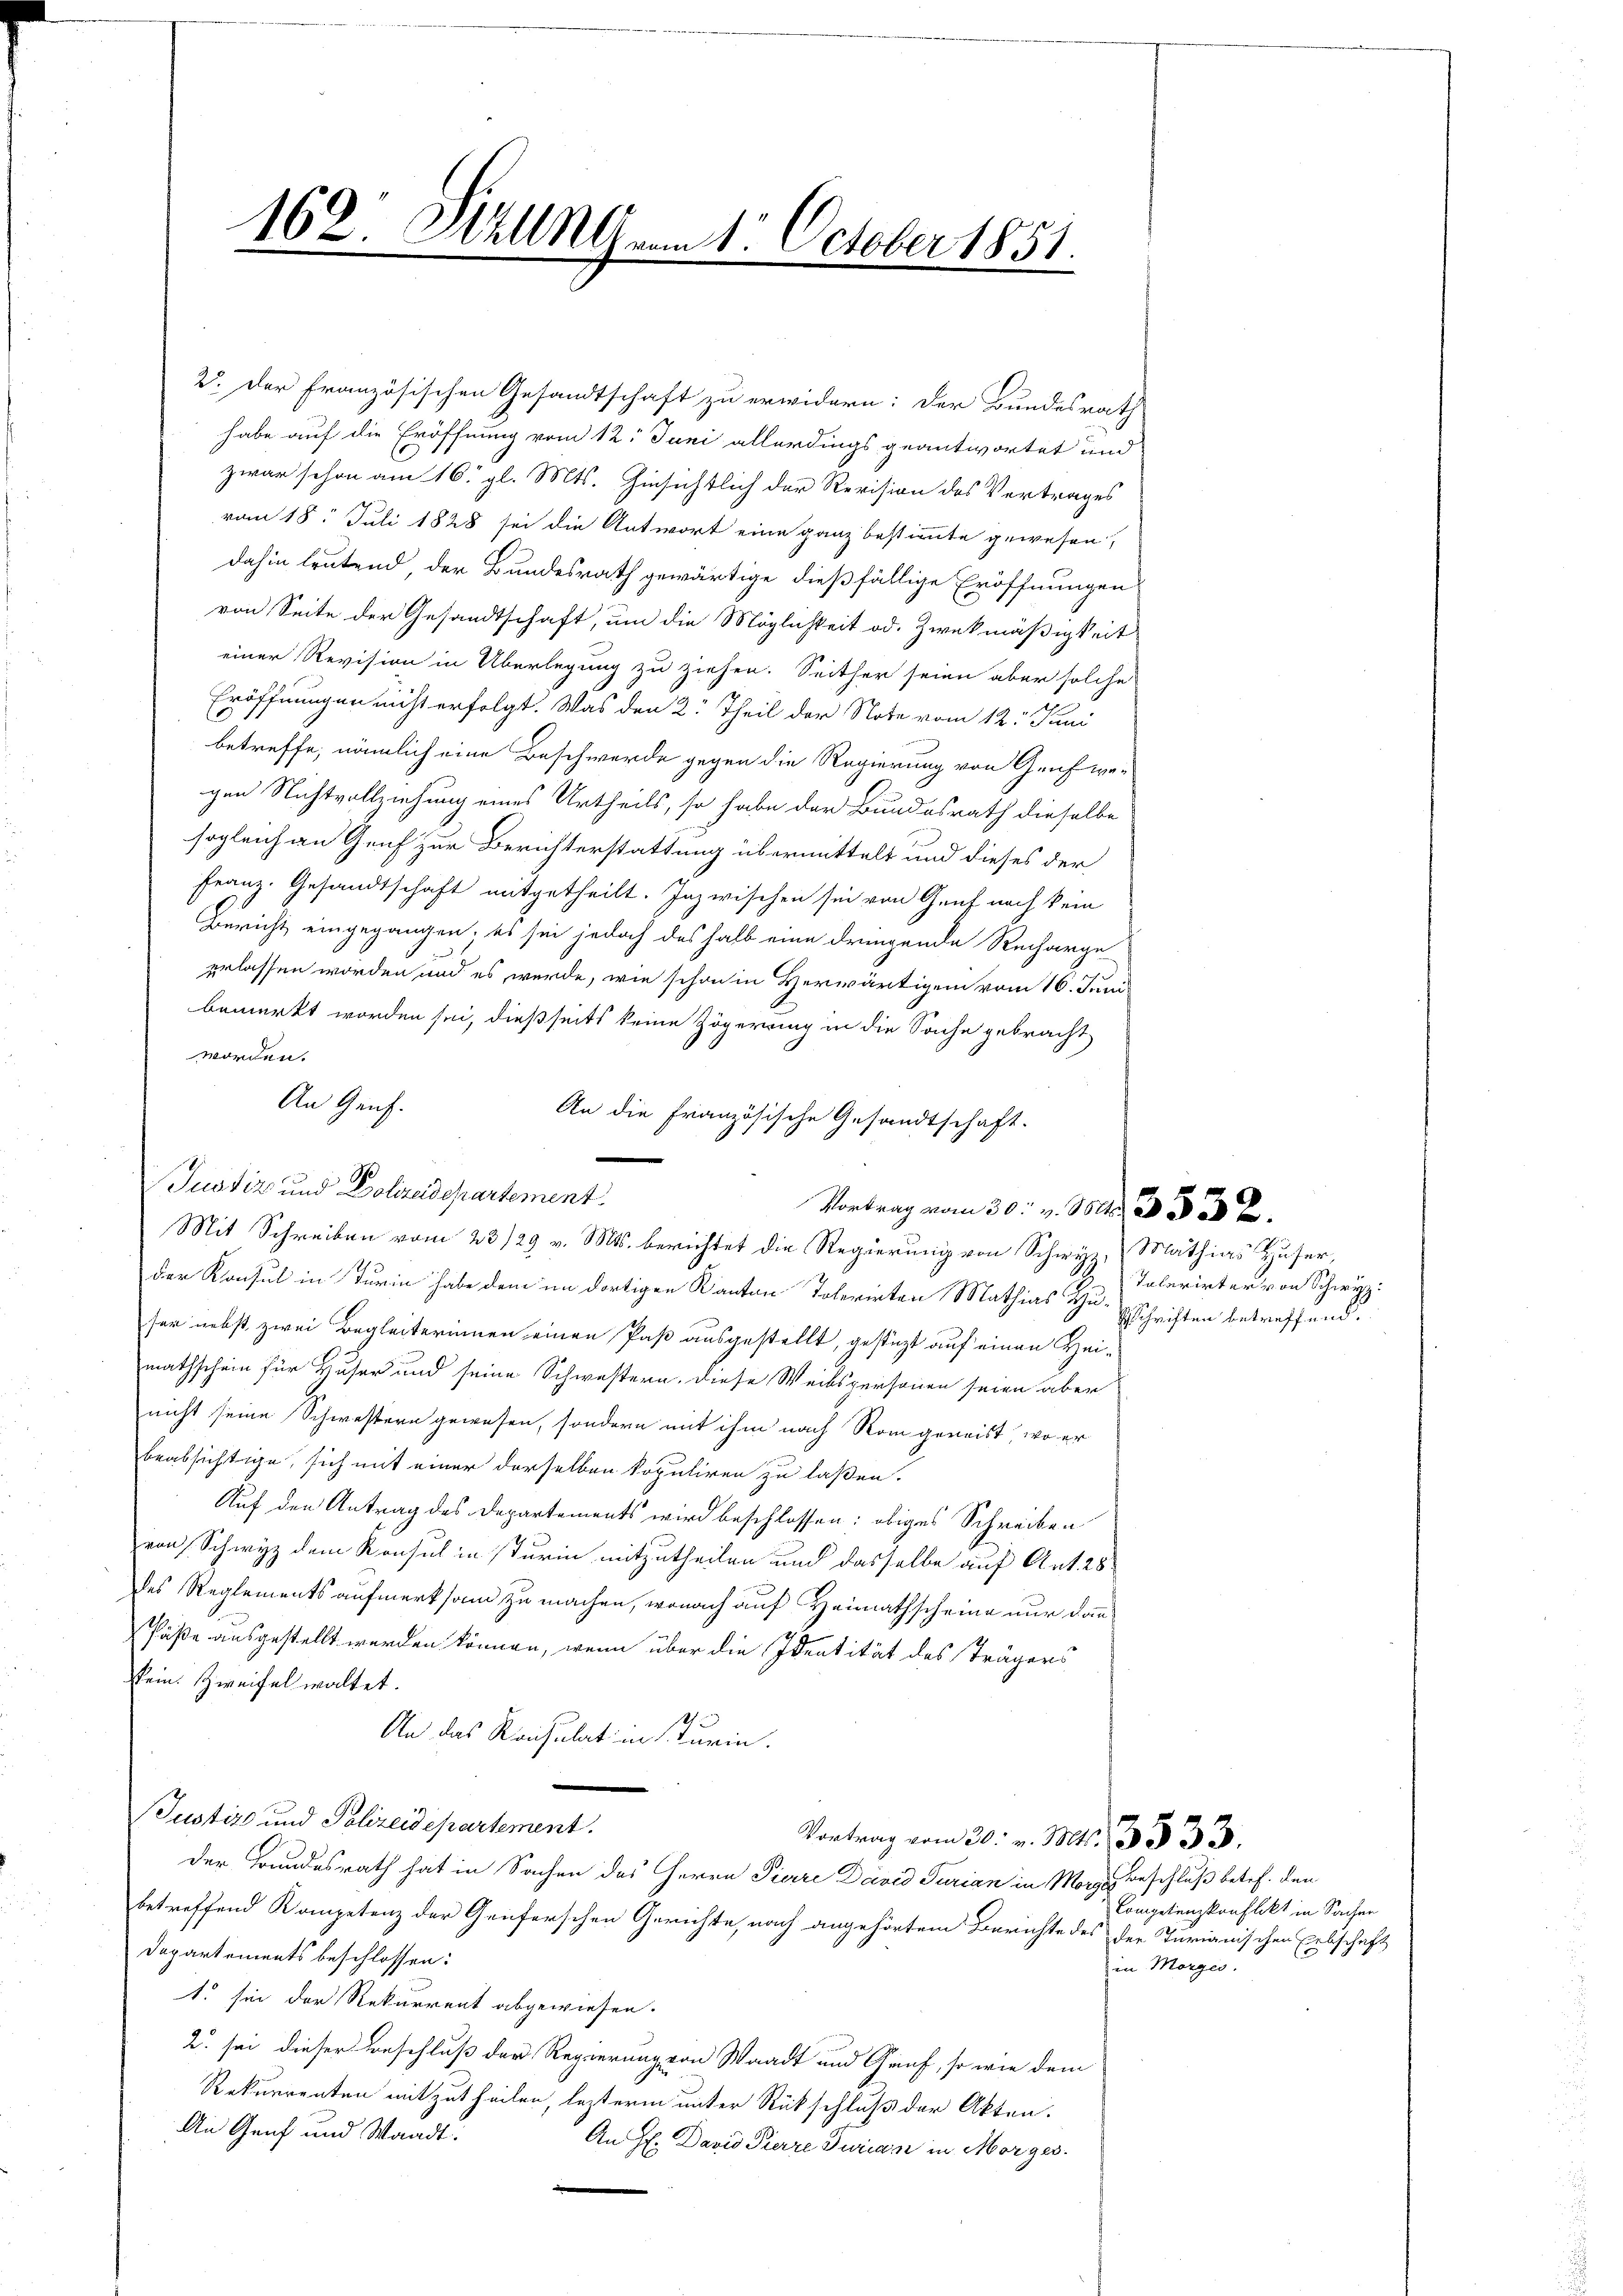
162. Hall vom 1. October 1851.
d

2. Der Französischen Gesandtschaft zu erwidern: der Bundesrath
habe auf die Eröffnung vom 12. Juni allerdings geantwortet und
zwar schon am 16. gl. Mts. Hinsichtlich der Revision des Vertrages
vom 18. Juli 1828 sei die Antwort eine ganz bestimmte gewesen,
dahin leutend, der Bundesrath gewärtige dießfällige Eröffnungen
von Seite der Gesandtschaft, um die Möglichkeit od. Zweckmäßigkeit
einer Revision in Überlegung zu ziehen. Seither seien aber solche
Eröffnungen nicht erfolgt. Was den 2 Theil der Note vom 12. Juni
betreffe, nämlich eine Beschwerde gegen die Regierung von Graf wegen Nichtvollziehung eines Urtheils, so habe der Bundesrath dieselbe
sogleich an Genf zur Berichterstattung übermittelt und dieses der
Franz. Gesandtschaft mitgetheilt. Inzwischen sei von Genf nach kein
Bericht eingegangen, es sei jedoch deshalb eine dringende Recharge
erlassen worden und es werde, wie schon in Herwärtigen vom 16. Juni
bemerkt worden sei, dießseits keine Zögerung in die Sache gebracht
worden.
An die Französische Gesandtschaft.
der Konsul in Turin habe dem im dortigen Kanton Tolerinten Mathias Huser nebst zwei Begleiterinnen einen Paß ausgestellt, gestützt auf einen Heimathschein für Huser und seine Schwestern, diese Weibspersonen seien aber
nicht seine Schwestern gewesen, sondern mit ihm nach Rom geweist, wo er
beabsichtige, sich mit einer derselben kopuliren zu laßen.
Auf den Antrag des Departements wird beschlossen: obiges Schreiben
von Schwyz dem Konsul in sturin mitzutheilen und dasselbe auf Ant. 28
des Reglementsaufmerksam zu machen, wonach auf Heimathscheine nur dann
Päße ausgestellt werden können, wenn über die Identität des Trägers
sein. Zweifel waltet.
1
An das Reichulat in darin.
(Justiz und Polizeidepartement.
Vortrag vom 20. v. Mts. 3333.
der Grundesrath hat in Sachen des Herrn Pierre David Turian in Morge Beschluß betref. den
betreffend Kompetenz der Genferschen Gerichte, nach angehörtem Berichte des der Turianischen Erbschaft
Departements beschlossen:
1. sie der Rekurrent abgewiesen.
2 sei dieser Beschluß der Regierung von Waadt und Graf, so wie dem
Rekurrenten mitzutheilen, lezterm unter Rückschluß der Akten.
An Genf und Waadt:
An H. David Pierre Purian in Morges.

An Genf.
.
Justiz und Polizeidepartement

Mit Schreiben vom 23/29 v. Mts. berichtet die Regierung von Schwyz, Mathias Huser,

Vortrag vom 30. v. M.

Talarirter von Schwyz
Eschrichten betreffend.

Competenzkonflikt in Sacher
in Morges.